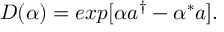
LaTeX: D ( \alpha ) = e x p [ \alpha a ^ { \dag } - \alpha ^ { * } a ] .